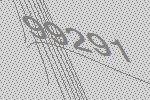
99291